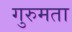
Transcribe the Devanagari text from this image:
गुरुमता